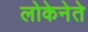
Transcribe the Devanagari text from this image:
लोकेनेते